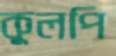
কুলপি